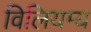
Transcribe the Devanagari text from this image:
विलियम्य